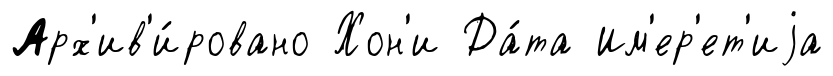
Арх'ив'и́ровано Хон'и Да́та Им'ер'ет'иjа